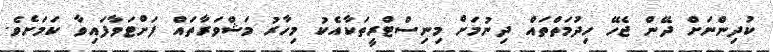
ކުދިންނަށް ދޭން ޖެހޭ ހިދުމަތްތައް ދިނުމަށް މިނިސްޓްރީތަކާއެކު މިހާރު މަޝްވަރާތައް ފަށްޓަވާފައިވާ ކަމަށެވެ.